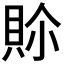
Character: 𮙾